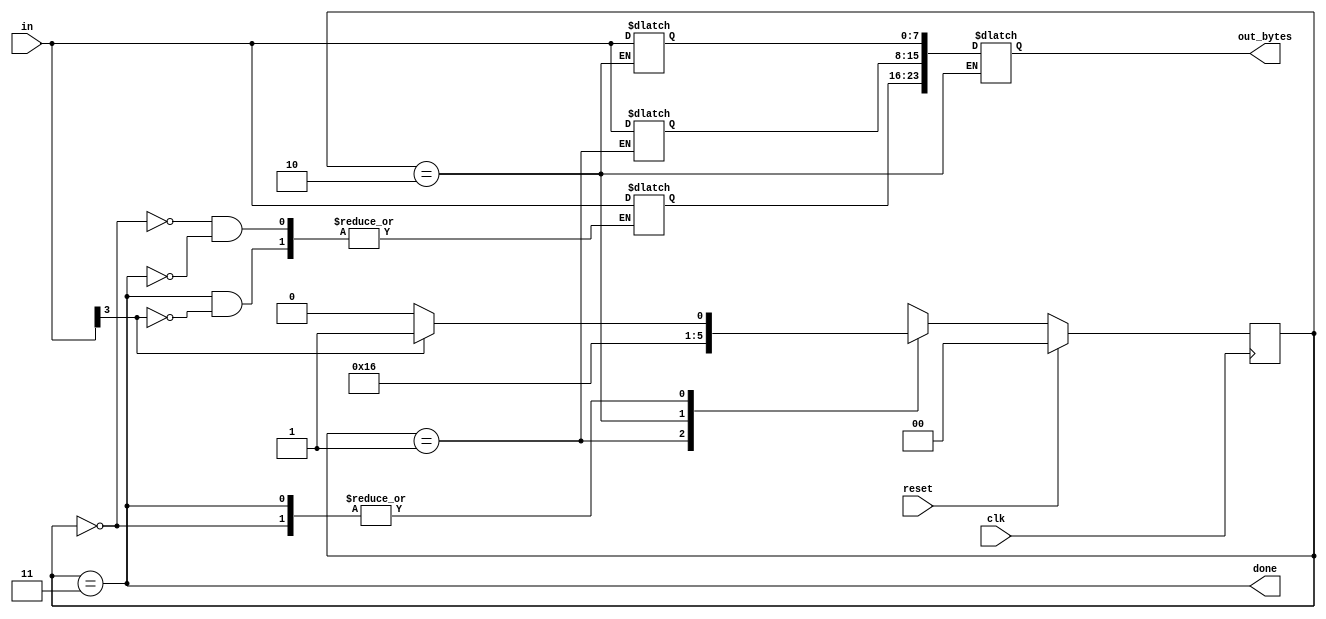
module top_module(
    input clk,
    input [7:0] in,
    input reset,    // Synchronous reset
    output [23:0] out_bytes,
    output done); //
    reg [7:0]temp1,temp2,temp3;
    parameter S0=0,S1=1,S2=2,S3=3;
    reg [1:0]state,next_state;
    always @(*) begin
        case(state)
            S0:begin
                temp1<=in;
                if(in[3]) next_state<=S1;
                else next_state<=S0;
            end
            S1:begin
                temp2<=in;
                next_state<=S2;
            end
            S2:begin
                temp3<=in;
                out_bytes<={temp1,temp2,temp3};
                next_state<=S3;
            end
            S3:begin
                if(in[3]) begin temp1<=in;next_state<=S1;end
                else next_state<=S0;
            end
        endcase
    end

    always @(posedge clk) begin
        if(reset) state<=S0;
        else state<=next_state;
    end
 
    // Output logic
    assign done=(state==S3);

    // New: Datapath to store incoming bytes.

endmodule